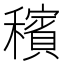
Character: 穦